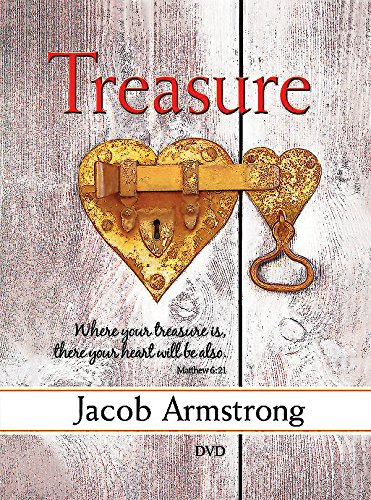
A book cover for Treasure DVD: A Four-Week Study on Faith and Money; Jacob Armstrong; Christian Books & Bibles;